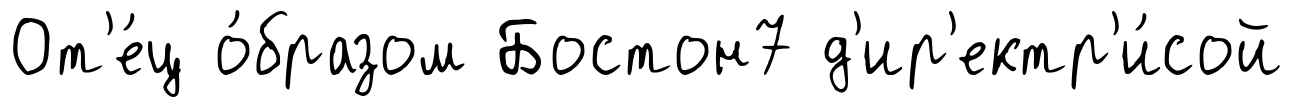
От'е́ц о́бразом Бостон7 д'ир'ектр'и́сой